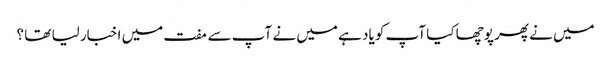
میں نے پھر پوچھا کیا آپ کو یاد ہے میں نے آپ سے مفت میں اخبار لیا تھا ؟